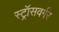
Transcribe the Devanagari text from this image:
स्ट्रॉसवर्गर